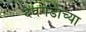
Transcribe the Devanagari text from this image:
देवगडाच्या